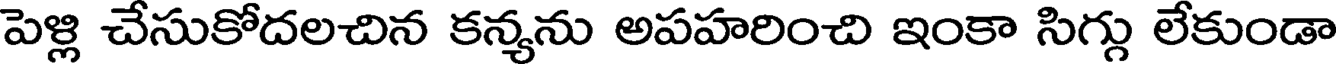
పెళ్లి చేసుకోదలచిన కన్యను అపహరించి ఇంకా సిగ్గు లేకుండా